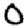
Digit: 0